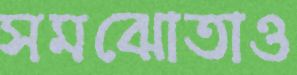
সমঝোতাও